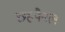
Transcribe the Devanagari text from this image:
छहपैनल